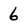
Character: 6